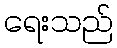
ရေးသည်